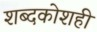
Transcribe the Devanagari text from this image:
शब्दकोशही